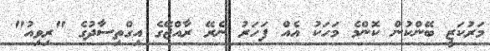
މަރުކަޒީ ބޭންކުން ކޮންމެ މަހަކު އެއް ފަހަރު ނެރޭ ރާއްޖޭގެ އިގްތިސާދުގެ "ރިވިއު"